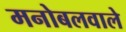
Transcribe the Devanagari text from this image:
मनोबलवाले